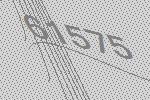
61575